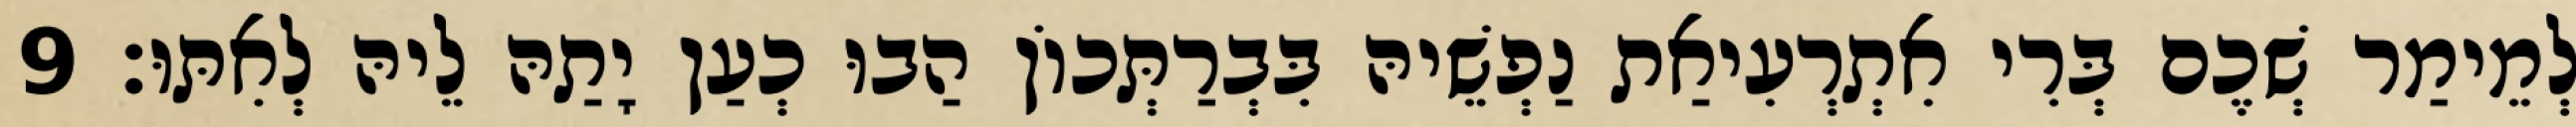
לְמֵימַר שְׁכֶם בְּרִי אִתְרְעִיאַת נַפְשֵׁיהּ בִּבְרַתְּכוֹן הַבוּ כְעַן יָתַהּ לֵיהּ לְאִתּוּ׃ 9